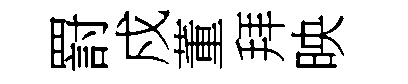
罸戍董拜映